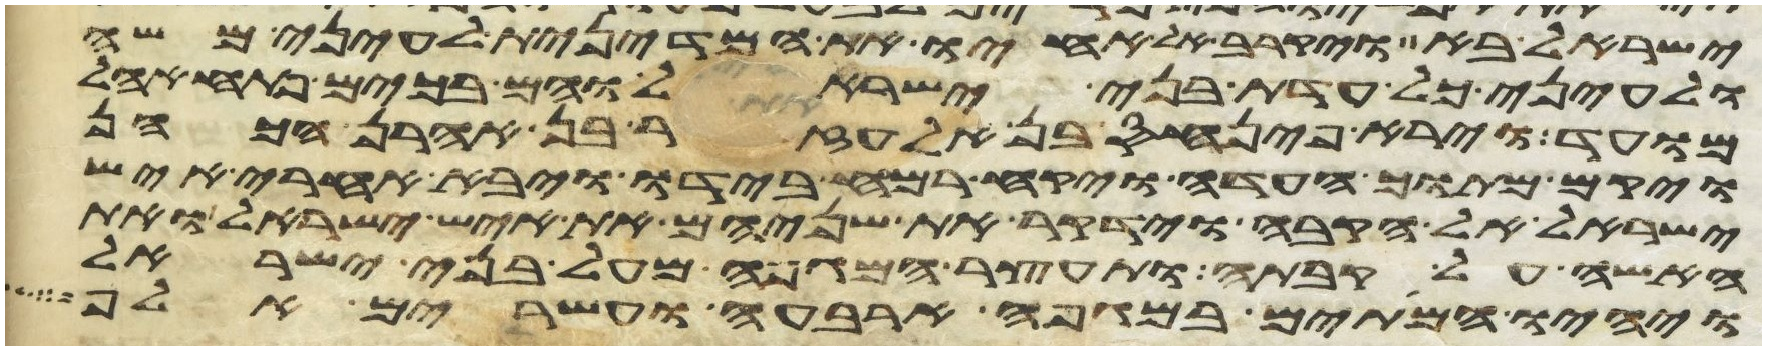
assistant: ישראל בא ויקרב אל אחיו את המדינית לעיני משה
ולעיני כל עדת בני ישראל והם בכים פתח אהל
מועד וירא פינחס בן אלעזר בן אהרן הכהן
ויקם מתוך העדה ויקח רמח בידו ויבא אחרי איש
ישראל אל הקבה וידקר את שניהם את איש ישראל ואת
האשה על קבתה ותעצר המגפה מעל בני ישראל
ויהיו המיתים במגפה ארבעה ועשרים אלף